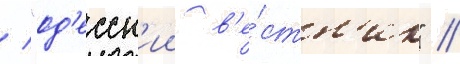
/ "од'есск'ии в'е́стн'ик" /